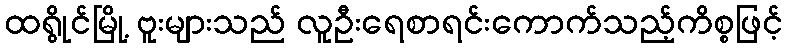
ထရွိုင်မြို့ ဗူးများသည် လူဦးရေစာရင်းကောက်သည့်ကိစ္စဖြင့်